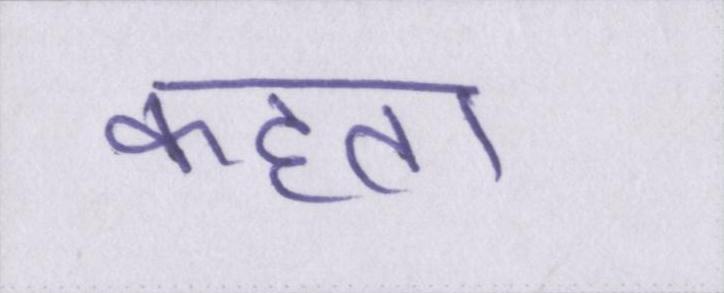
कहता